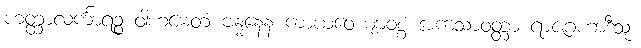
ဟတ္ထာလင်္ကာရဉ္စ ဝါဟမေတံ ဗန္ဓနေန ကာယဝေယျာဝစ္စံ အကသာဝတ္တာ ရာဇဂဟာဒီသု